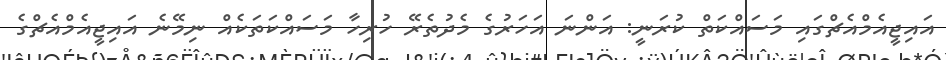
އައިޖީއެމްއެޗްގައި މަސައްކަތް ކުރަނީ: އަންނަ އަހަރުގެ މެދުތެރޭ ހުރިހާ މަސައްކަތަކެއް ނިމޭނެ އައިޖީއެމްއެޗްގެ